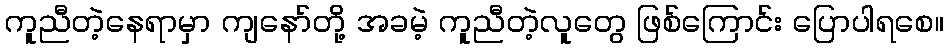
ကူညီတဲ့နေရာမှာ ကျနော်တို့ အခမဲ့ ကူညီတဲ့လူတွေ ဖြစ်ကြောင်း ပြောပါရစေ။